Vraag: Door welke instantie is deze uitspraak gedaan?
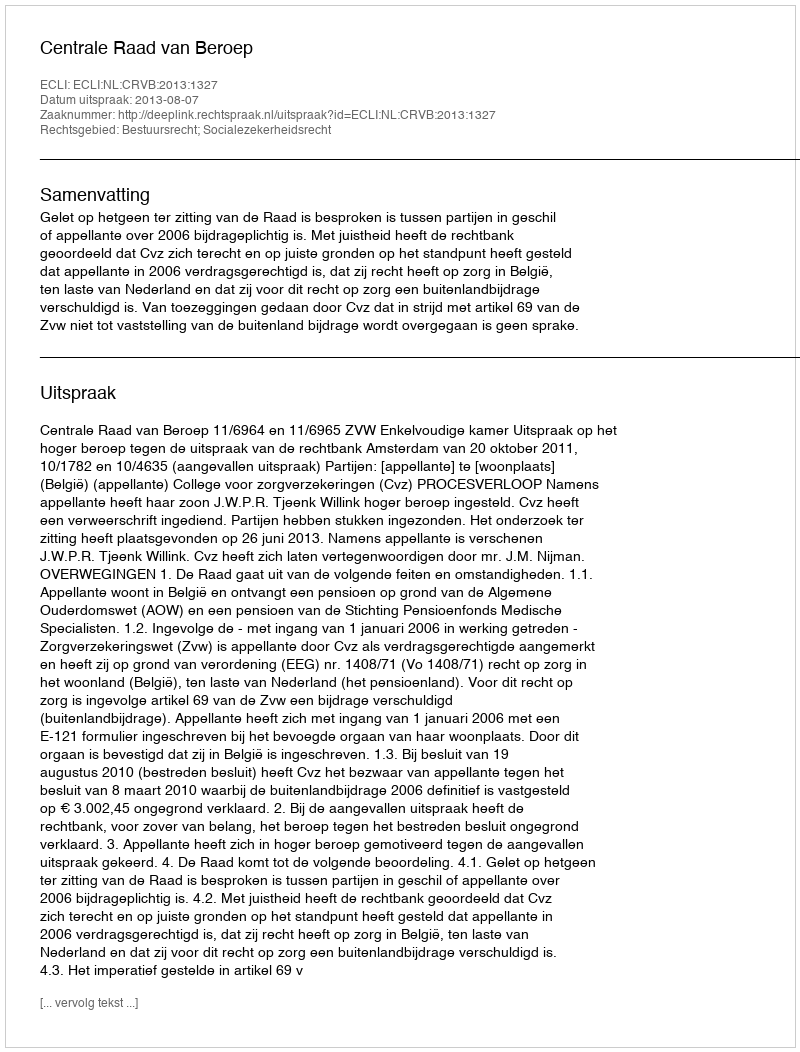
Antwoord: Centrale Raad van Beroep